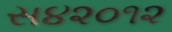
સ૪૨૦૧૨